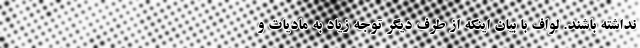
نداشته باشند. لواف با بیان اینکه از طرف دیگر توجه زیاد به مادیات و